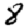
Digit: 8